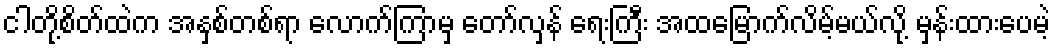
ငါတို့စိတ်ထဲက အနှစ်တစ်ရာ လောက်ကြာမှ တော်လှန် ရေးကြီး အထမြောက်လိမ့်မယ်လို့ မှန်းထားပေမဲ့